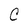
Character: C